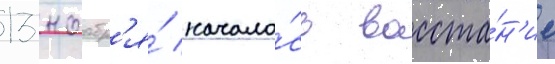
13 ноабр'я́ начало́сь восста́н'ие